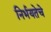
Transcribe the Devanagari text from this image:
निर्भयतेचे